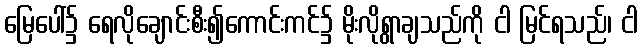
မြေပေါ်၌ ရေလိုချောင်းစီး၍ကောင်းကင်၌ မိုးလိုရွာချသည်ကို ငါ မြင်ရသည်၊ ငါ